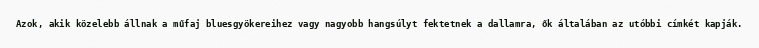
Azok, akik közelebb állnak a műfaj bluesgyökereihez vagy nagyobb hangsúlyt fektetnek a dallamra, ők általában az utóbbi címkét kapják.